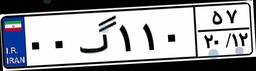
۰۰گ۱۱۰۵۷